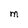
Character: M